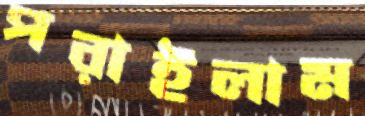
পরাইলাম